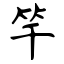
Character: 竿